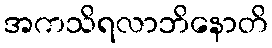
အကသိရလာဘိနောတိ